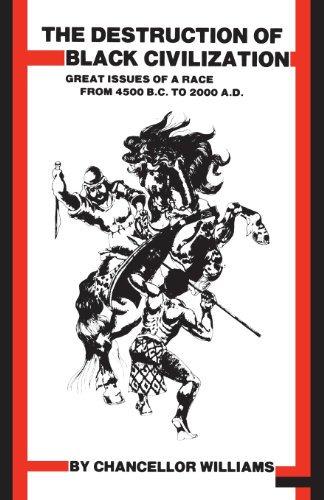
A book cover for Destruction of Black Civilization: Great Issues of a Race from 4500 B.C. to 2000 A.D.; Chancellor Williams; History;